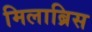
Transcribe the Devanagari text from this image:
मिलाब्रिस